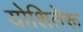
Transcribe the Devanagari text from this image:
योशितेरू